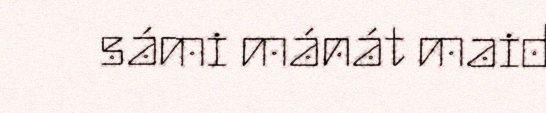
sámi mánát maid